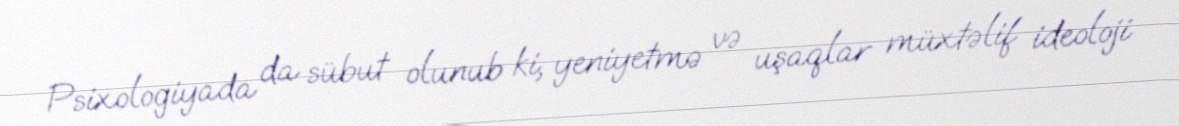
Psixologiyada da sübut olunub ki, yeniyetmə və uşaqlar müxtəlif ideoloji